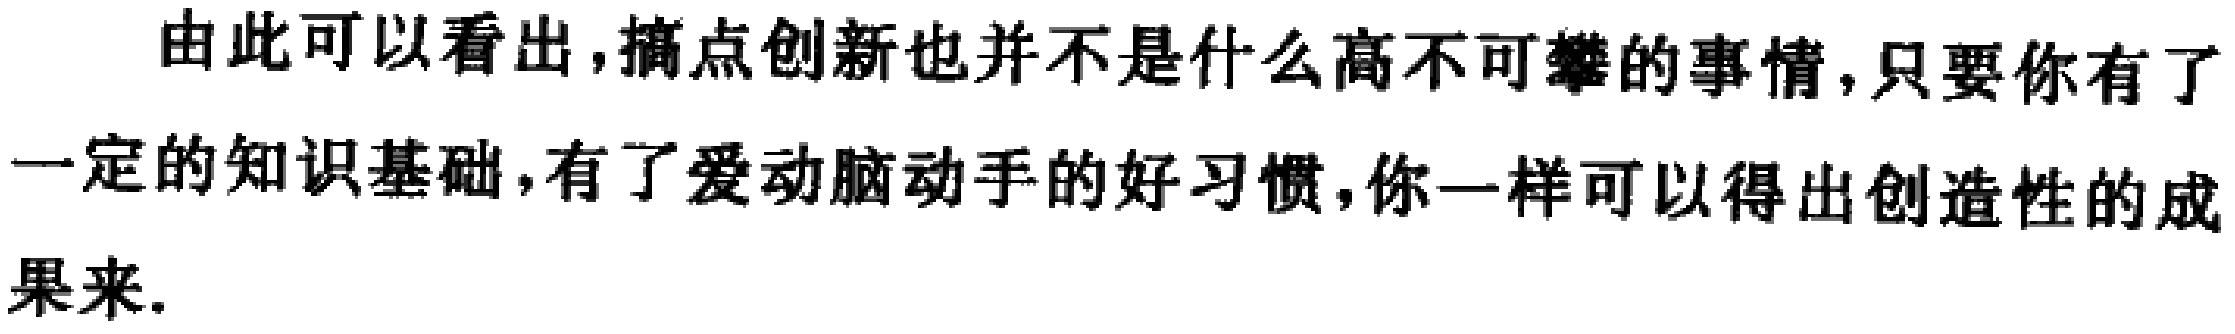
由此可以看出,搞点创新也并不是什么高不可攀的事情,只要你有了一定的知识基础,有了爱动脑动手的好习惯,你一样可以得出创造性的成果来.